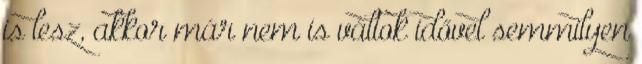
is lesz, akkor már nem is váltok idővel semmilyen